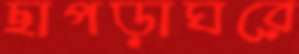
ছাপড়াঘরে